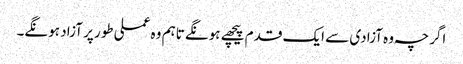
اگرچہ وہ آزادی سے ایک قدم پیچھے ہونگے تاہم وہ عملی طور پر آزاد ہونگے۔